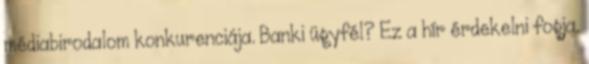
médiabirodalom konkurenciája. Banki ügyfél? Ez a hír érdekelni fogja.